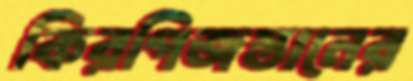
কিরগিজস্তানের